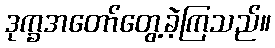
ဒုက္ခအတော်တွေ့ခဲ့ကြသည်။